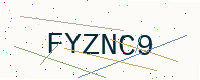
Text: FYZNC9